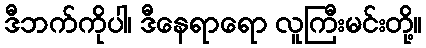
ဒီဘက်ကိုပါ၊ ဒီနေရာရော လူကြီးမင်းတို့။